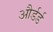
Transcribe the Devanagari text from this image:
और्डर्ड